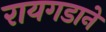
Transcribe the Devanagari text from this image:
रायगडाने